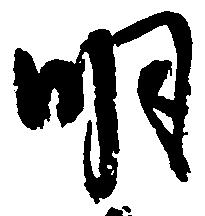
明